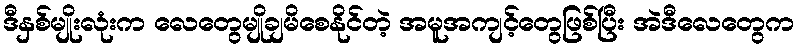
ဒီနှစ်မျိုးလုံးက လေတွေမျိုချမိစေနိုင်တဲ့ အမူအကျင့်တွေဖြစ်ပြီး အဲဒီလေတွေက